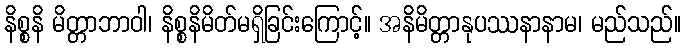
နိစ္စနိ မိတ္တာဘာဝါ၊ နိစ္စနိမိတ်မရှိခြင်းကြောင့်။ အနိမိတ္တာနုပဿနာနာမ၊ မည်သည်။